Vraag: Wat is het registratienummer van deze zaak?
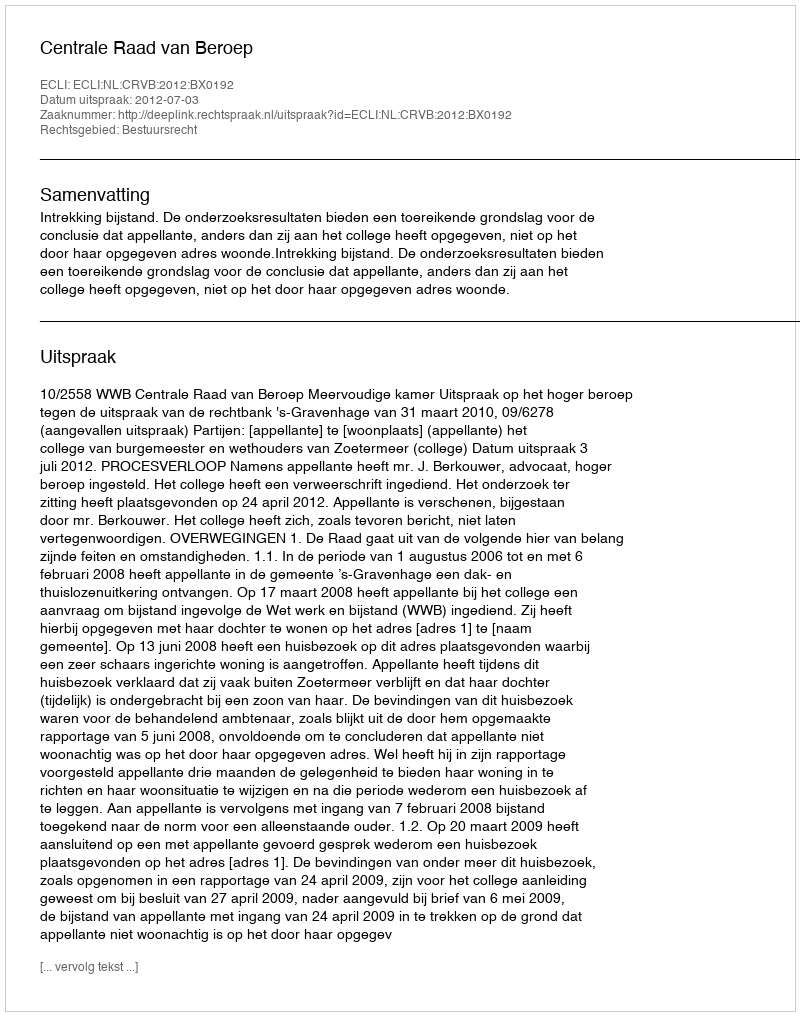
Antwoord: http://deeplink.rechtspraak.nl/uitspraak?id=ECLI:NL:CRVB:2012:BX0192